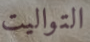
التواليت